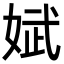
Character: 娬